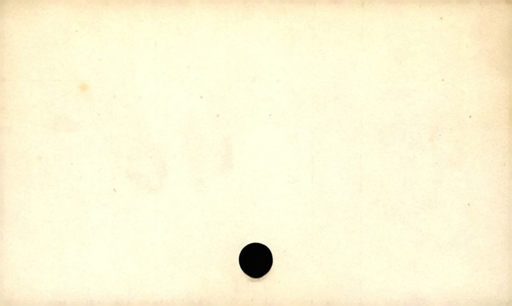
Label: blank